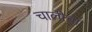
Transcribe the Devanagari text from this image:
चालीचा